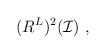
LaTeX: \begin{align*}(R^L)^2(\mathcal{I}) \ ,\end{align*}